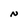
Character: N